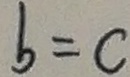
b = c